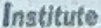
Institute